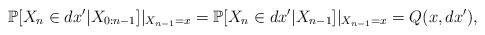
LaTeX: \begin{align*}\mathbb{P}[X_{n}\in dx' | X_{0:n-1}]|_{X_{n-1}= x} =\mathbb{P}[X_{n}\in dx' | X_{n-1}]|_{X_{n-1}= x}= Q(x,dx'),\end{align*}